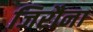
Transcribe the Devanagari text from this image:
जिरौना